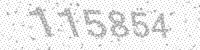
Solution: 115854